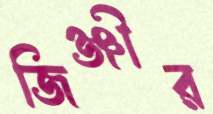
জিঞ্জীর